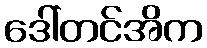
ဒေါ်တင်အိက